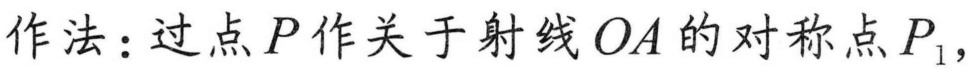
作法：过点$P$作关于射线$OA$的对称点$P_{1}$，